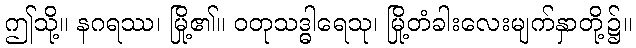
ဤသို့။ နဂရဿ၊ မြို့၏။ ဝတုသဒ္ဓါရေသု၊ မြို့တံခါးလေးမျက်နှာတို့၌။